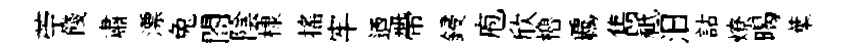
苧餞肅漂兔閤陰棣搖牢迺帶鋟庖欣櫓覊雋祗汨詁燎暍葉